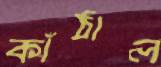
কাঁঠাল